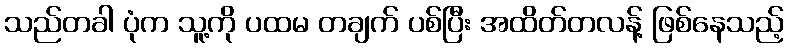
သည်တခါ ပုံက သူ့ကို ပထမ တချက် ပစ်ပြီး အထိတ်တလန့် ဖြစ်နေသည့်